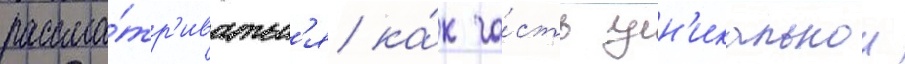
рассма́тр'иватьс'я ка́к ча́сть ун'икальнои